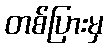
တစ်ပြားမှ